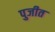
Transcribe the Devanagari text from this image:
पुजीत